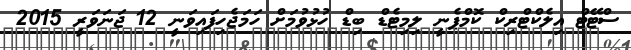
ސްޓޭޓް އިލެކްޓްރިކް ކޮމްޕެނީ ލިމިޓެޑް ބިޑް ހުޅުވުމަށް ހަމަޖެހިފައިވަނީ 12 ޖަނަވަރީ 2015